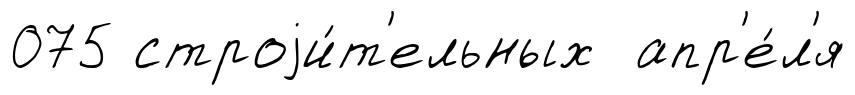
075 строjи́т'ельных апр'е́л'я